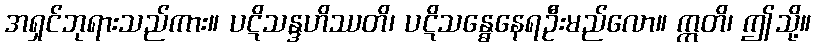
အရှင်ဘုရားသည်ကား။ ပဋိသန္ဒဟိဿတိ၊ ပဋိသန္ဓေနေရဦးမည်လော။ ဣတိ၊ ဤသို့။